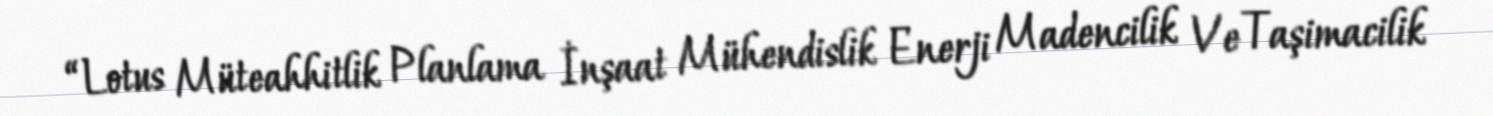
“Lotus Müteahhitlik Planlama İnşaat Mühendislik Enerji Madencilik Ve Taşimacilik